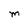
Character: M